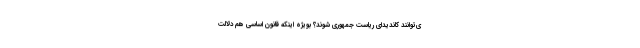
ی‌توانند کاندیدای ریاست جمهوری شوند؟ بویژه اینکه قانون اساسی هم دلالت